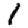
Digit: 1